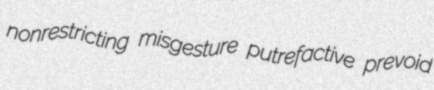
nonrestricting misgesture putrefactive prevoid